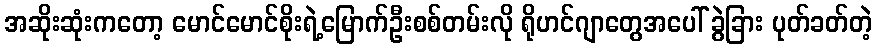
အဆိုးဆုံးကတော့ မောင်မောင်စိုးရဲ့မြောက်ဦးစစ်တမ်းလို ရိုဟင်ဂျာတွေအပေါ် ခွဲခြား ပုတ်ခတ်တဲ့